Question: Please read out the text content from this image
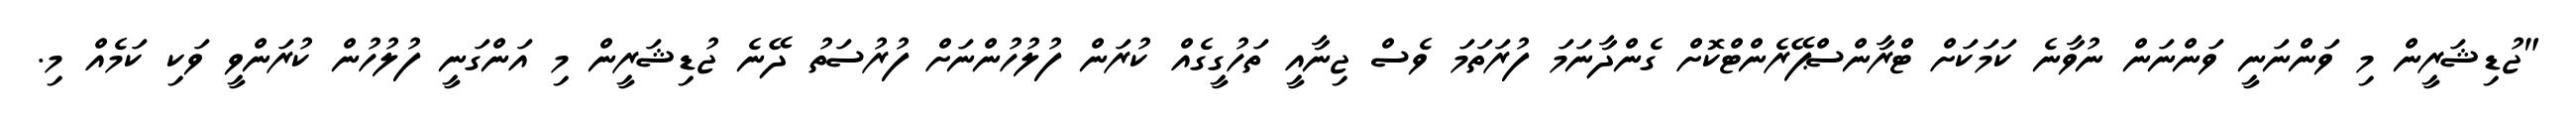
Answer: "ޖުޑިޝަރީން މި ވަންނަނީ ވަންނަން ނުވާނެ ކަމަކަށް ޓްރާންސްޕޭރެންޓްކޮށް ގެންދާނަމަ ފުރަތަމަ ވެސް ޖިނާއީ ތަހުގީގެއް ކުރަން ފުލުހުންނަށް ފުރުސަތު ދޭނެ ޖުޑިޝަރީން މި އަންގަނީ ފުލުހުން ކުރަންވީ ވަކި ކަމެއް މި.